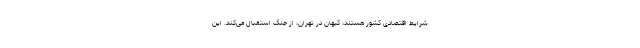
شرایط اقتصادی کشور هستند، کیهان در تهران، از جنگ استقبال می‌کند. این